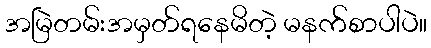
အမြဲတမ်းအမှတ်ရနေမိတဲ့ မနက်စာပါပဲ။